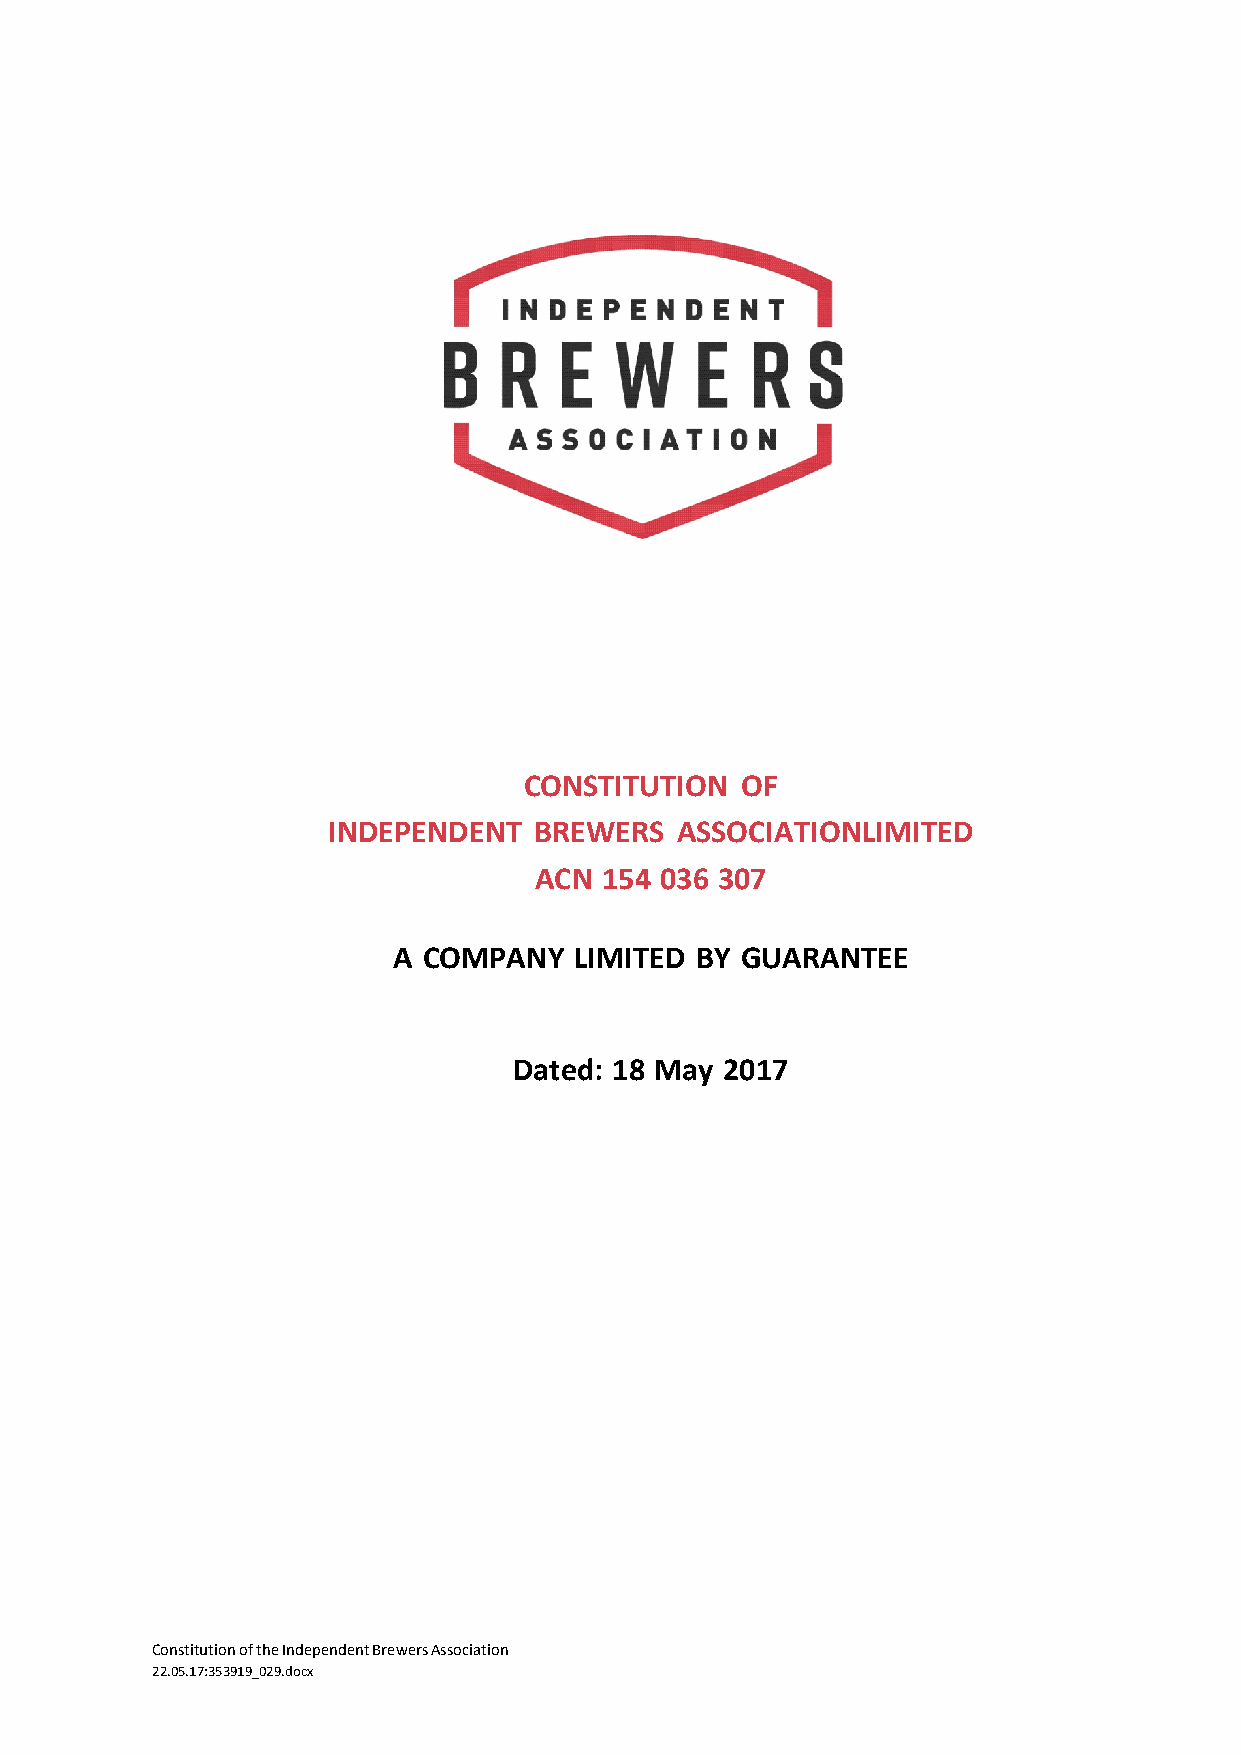
CONSTITUTION  OF
 INDEPENDENT  BREWERS   ASSOCIATION LIMITED
 ACN  154 036 307
 A COMPANY   LIMITED BY GUARANTEE
 Dated: 18 May 2017
 Constitution of the Independent Brewers Association
 22.05.17:353919_029.docx